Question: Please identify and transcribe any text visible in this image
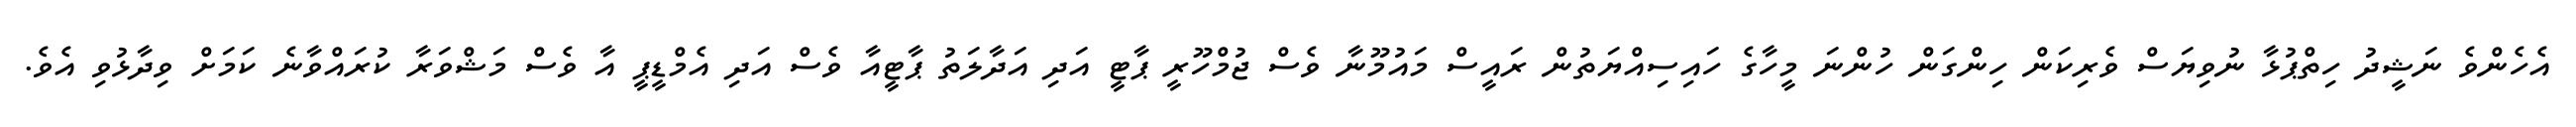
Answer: އެހެންވެ ނަޝީދު ހިތްޕުޅާ ނުވިޔަސް ވެރިކަން ހިންގަން ހުންނަ މީހާގެ ހައިސިއްޔަތުން ރައީސް މައުމޫނާ ވެސް ޖުމްހޫރީ ޕާޓީ އަދި އަދާލަތު ޕާޓީއާ ވެސް އަދި އެމްޑީޕީ އާ ވެސް މަޝްވަރާ ކުރައްވާނެ ކަމަށް ވިދާޅުވި އެވެ.